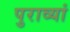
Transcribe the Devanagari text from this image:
पुराव्यां